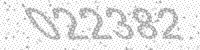
Solution: 022382